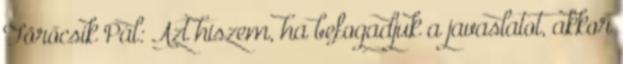
Törőcsik Pál: Azt hiszem, ha befogadjuk a javaslatot, akkor